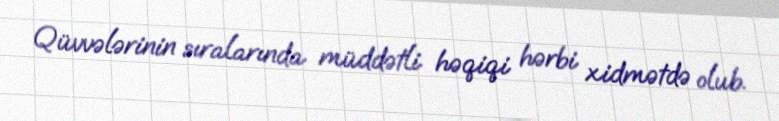
Qüvvələrinin sıralarında müddətli həqiqi hərbi xidmətdə olub.